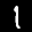
Label: 1